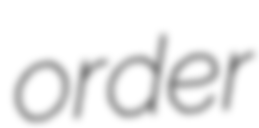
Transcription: order